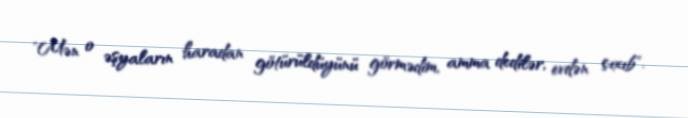
"Mən o əşyaların haradan götürüldüyünü görmədim, amma dedilər, evdən çıxıb".